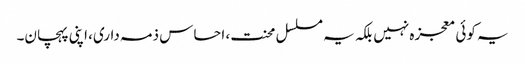
یہ کوئی معجزہ نہیں بلکہ یہ مسلسل محنت، احساس ذمہ داری، اپنی پہچان۔